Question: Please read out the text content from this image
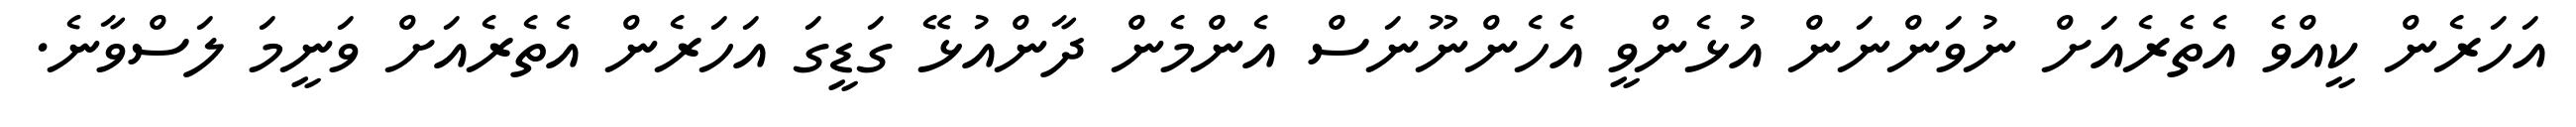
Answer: އަހަރެން ކީއްވެ އެތެރެއަށް ނުވަންނަން އުޅެންވީ އެހެންނޫނަސް އެންމެން ދާންއުޅޭ ގަޑީގަ އަހަރެން އެތެރެއަށް ވަނީމަ ލަސްވާނެ.